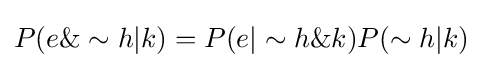
P(e\&\sim h|k)=P(e|\sim h\&k)P(\sim h|k)